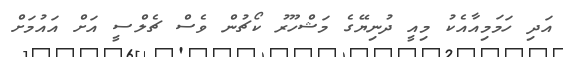
އަދި ހަމަމިއާއެކު މިއީ ދުނިޔޭގެ މަޝްހޫރު ކޯޗުން ވެސް ޗެލްސީ އަށް އައުމަށް